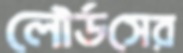
লৌর্ডসের